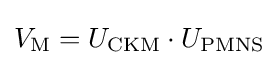
V_{\text{M}}=U_{\text{CKM}}\cdot U_{\text{PMNS}}